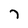
Character: 7